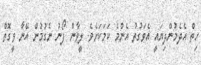
ހިތް އެދެމުންދިޔައީ އެވަގުތު އެންމެ ކަމަކަށެވެ. ލީވާން ފޯނު ނެގުމުން އޭނާ ވީގޮތް